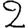
Digit: 2